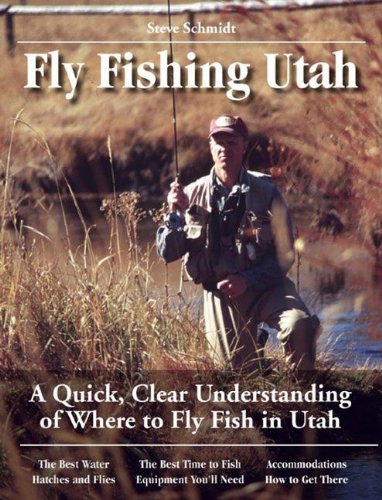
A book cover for Guide to Fly Fishing in Utah; Steve Schmidt; Travel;